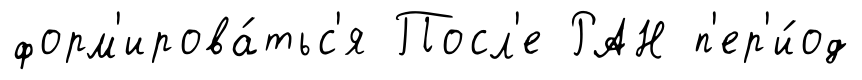
форм'ирова́тьс'я Посл'е РАН п'ер'и́од